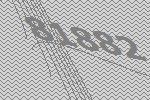
81882